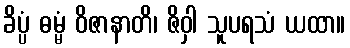
ခိပ္ပံ ဓမ္မံ ဝိဇာနာတိ၊ ဇိဝှါ သူပရသံ ယထာ။